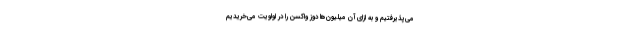
می‌پذیرفتیم و به ازای آن میلیون‌ها دوز واکسن را در اولویت می‌خریدیم